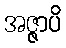
အဇ္ဇာပိ